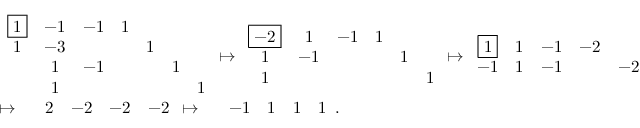
\begin{array} { r l } & { \begin{array} { c c c c c c c } { \boxed { 1 } } & { - 1 } & { - 1 } & { 1 } & & & \\ { 1 } & { - 3 } & & & { 1 } & & \\ & { 1 } & { - 1 } & & & { 1 } & \\ & { 1 } & & & & & { 1 } \end{array} \mapsto \begin{array} { c c c c c c } { \boxed { - 2 } } & { 1 } & { - 1 } & { 1 } & & \\ { 1 } & { - 1 } & & & { 1 } & \\ { 1 } & & & & & { 1 } \end{array} \mapsto \begin{array} { c c c c c } { \boxed { 1 } } & { 1 } & { - 1 } & { - 2 } & \\ { - 1 } & { 1 } & { - 1 } & & { - 2 } \end{array} } \\ & { \mapsto \begin{array} { c c c c c } & { 2 } & { - 2 } & { - 2 } & { - 2 } \end{array} \mapsto \begin{array} { c c c c c } & { - 1 } & { 1 } & { 1 } & { 1 } \end{array} . } \end{array}